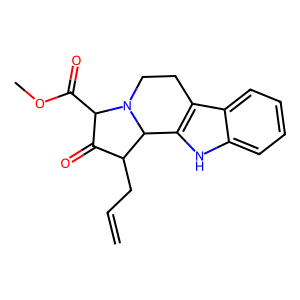
SMILES: C=CCC1C(=O)C(C(=O)OC)N2CCc3c([nH]c4ccccc34)C12
Inhibits HIV replication: No